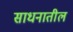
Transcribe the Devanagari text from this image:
साधनातील